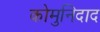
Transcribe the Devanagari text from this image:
कोमुनिदाद